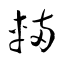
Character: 輛